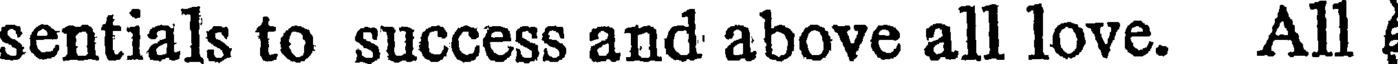
sentials to success and above all love. All